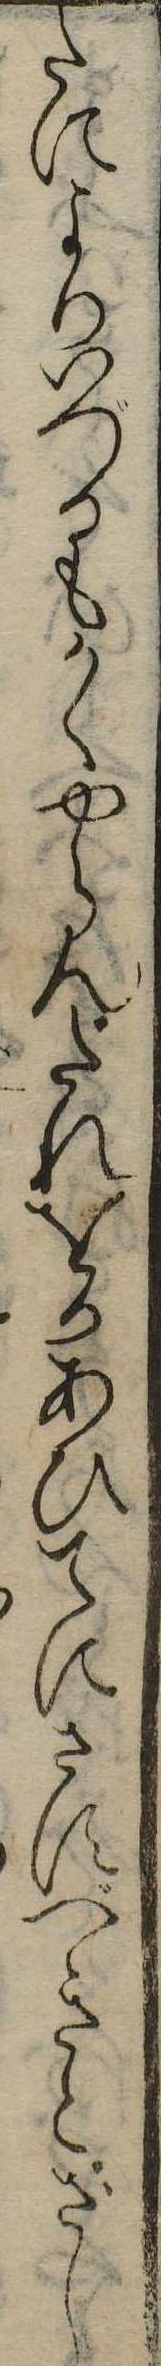
たによりいづるもかくやらんたれをかあひてにさすべきとざし